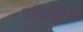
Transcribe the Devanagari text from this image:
सॉल्यूबल